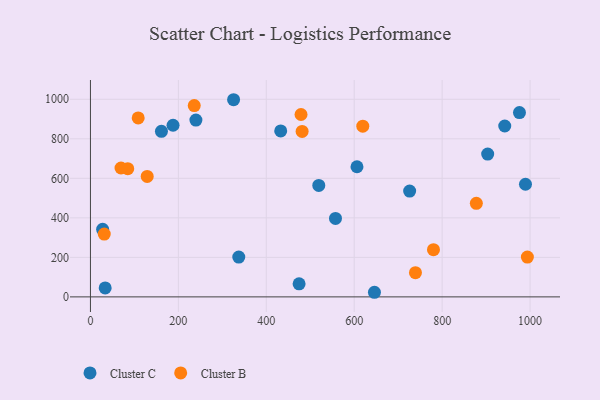
{"axis": {"x": "Speed", "y": "Exam Score"}, "legend": ["Cluster B", "Cluster C"], "data": [{"x": "989.6", "y": 569.9, "type": "Cluster C"}, {"x": "337.4", "y": 201.3, "type": "Cluster C"}, {"x": "474.6", "y": 66.2, "type": "Cluster C"}, {"x": "161.5", "y": 837.9, "type": "Cluster C"}, {"x": "33.5", "y": 45.1, "type": "Cluster C"}, {"x": "187.9", "y": 868.6, "type": "Cluster C"}, {"x": "27.7", "y": 342.1, "type": "Cluster C"}, {"x": "325.6", "y": 997.7, "type": "Cluster C"}, {"x": "975.9", "y": 932.7, "type": "Cluster C"}, {"x": "942.4", "y": 864.7, "type": "Cluster C"}, {"x": "903.6", "y": 722.5, "type": "Cluster C"}, {"x": "646.0", "y": 23.3, "type": "Cluster C"}, {"x": "606.3", "y": 658.5, "type": "Cluster C"}, {"x": "239.9", "y": 894.7, "type": "Cluster C"}, {"x": "726.1", "y": 535.2, "type": "Cluster C"}, {"x": "432.8", "y": 839.6, "type": "Cluster C"}, {"x": "519.4", "y": 564.1, "type": "Cluster C"}, {"x": "557.4", "y": 397.2, "type": "Cluster C"}, {"x": "108.6", "y": 905.4, "type": "Cluster B"}, {"x": "877.8", "y": 473.5, "type": "Cluster B"}, {"x": "619.5", "y": 863.6, "type": "Cluster B"}, {"x": "129.1", "y": 609.5, "type": "Cluster B"}, {"x": "481.5", "y": 837.3, "type": "Cluster B"}, {"x": "31.4", "y": 317.9, "type": "Cluster B"}, {"x": "479.0", "y": 922.9, "type": "Cluster B"}, {"x": "84.8", "y": 648.8, "type": "Cluster B"}, {"x": "993.9", "y": 201.6, "type": "Cluster B"}, {"x": "236.1", "y": 968.3, "type": "Cluster B"}, {"x": "739.3", "y": 122.5, "type": "Cluster B"}, {"x": "69.5", "y": 652.2, "type": "Cluster B"}, {"x": "780.3", "y": 239.0, "type": "Cluster B"}]}